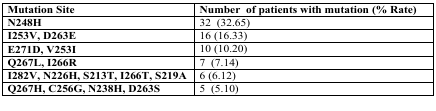
<table><thead><tr><td><b>Mutation Site</b></td><td><b>Number of patients with mutation (% Rate)</b></td></tr></thead><tbody><tr><td><b>N248H</b></td><td>32 (32.65)</td></tr><tr><td><b>I253V, D263E</b></td><td>16 (16.33)</td></tr><tr><td><b>E271D, V253I</b></td><td>10 (10.20)</td></tr><tr><td><b>Q267L, I266R</b></td><td>7 (7.14)</td></tr><tr><td><b>I282V, N226H, S213T, I266T, S219A</b></td><td>6 (6.12)</td></tr><tr><td><b>Q267H, C256G, N238H, D263S</b></td><td>5 (5.10)</td></tr></tbody></table>